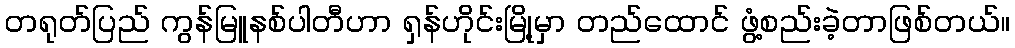
တရုတ်ပြည် ကွန်မြူနစ်ပါတီဟာ ရှန်ဟိုင်းမြို့မှာ တည်ထောင် ဖွံ့စည်းခဲ့တာဖြစ်တယ်။